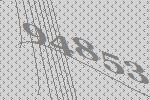
94853